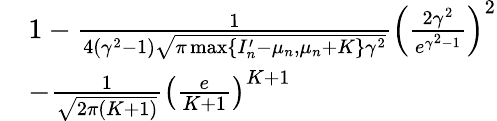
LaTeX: \begin{array}{rl}&{1-\frac{1}{4(\gamma^{2}-1)\sqrt{\pi\operatorname*{max}\{ I_{n}^{\prime}-\mu_{n},\mu_{n}+K\} \gamma^{2}}}\left(\frac{2\gamma^{2}}{e^{\gamma^{2}-1}}\right)^{2}}\\ &{-\frac{1}{\sqrt{2\pi(K+1)}}\left(\frac{e}{K+1}\right)^{K+1}}\end{array}